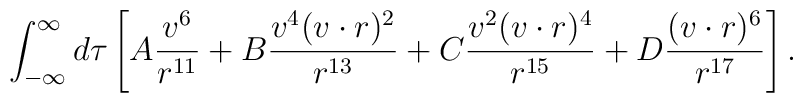
\int_{-\infty}^\infty d \tau \left[A \frac{v^6}{r^{11}} + B \frac{v^4 ( v \cdot r )^2}{r^{13}}+ C \frac{v^2 ( v \cdot r )^4}{r^{15}}+ D \frac{( v \cdot r )^6}{r^{17}}\right].